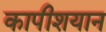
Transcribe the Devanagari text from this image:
कापीशयान